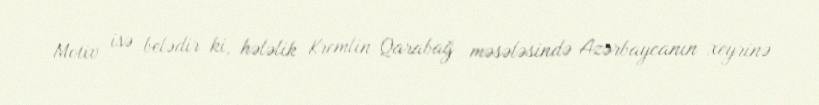
Motiv isə belədir ki, hələlik Kremlin Qarabağ məsələsində Azərbaycanın xeyrinə